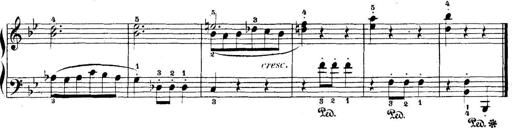
Title: 5 Sonatinas
Composer: Theodor Kirchner